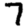
Digit: 7